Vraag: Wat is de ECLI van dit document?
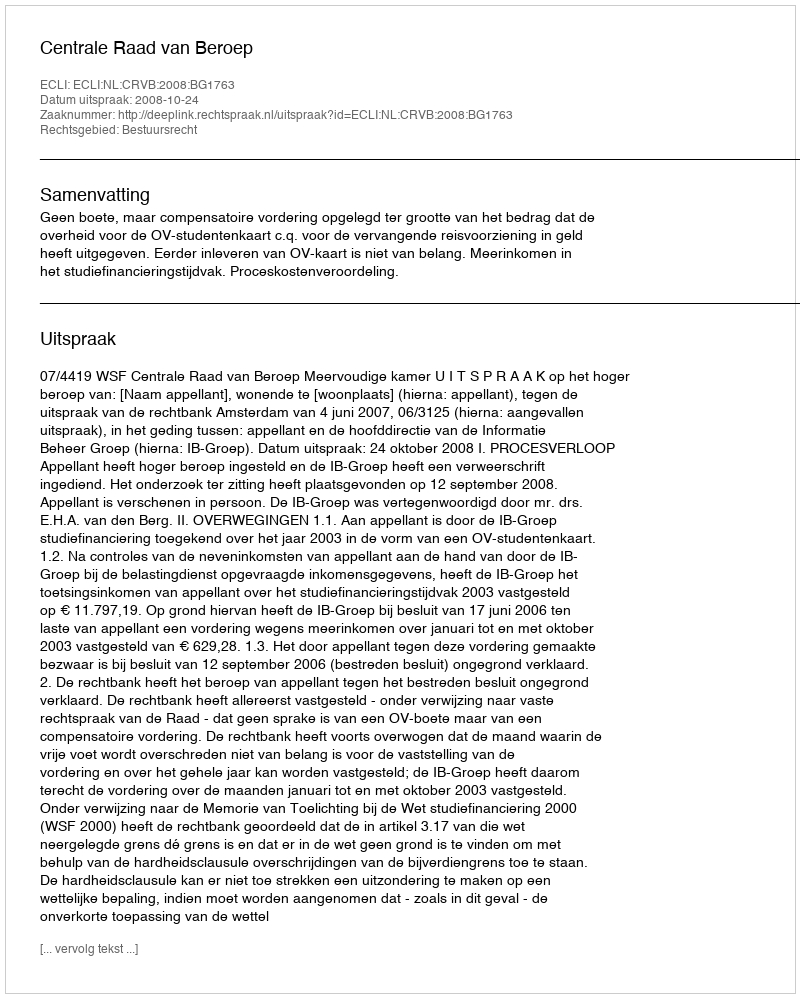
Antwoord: ECLI:NL:CRVB:2008:BG1763